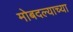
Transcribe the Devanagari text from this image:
मोबदल्याच्या